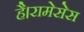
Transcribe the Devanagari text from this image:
है।रामेसेस